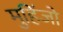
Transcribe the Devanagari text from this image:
मुहिंजो